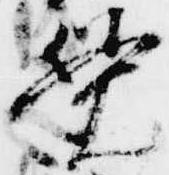
覚